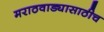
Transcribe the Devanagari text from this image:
मराठवाड्यासाठीच